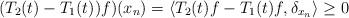
LaTeX: \begin{align*}(T_2(t) - T_1(t))f)(x_n) = \langle T_2(t)f-T_1(t)f, \delta_{x_n}\rangle \geq 0\end{align*}